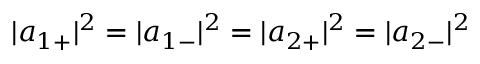
| { a } _ { 1 + } | ^ { 2 } = | { a } _ { 1 - } | ^ { 2 } = | { a } _ { 2 + } | ^ { 2 } = | { a } _ { 2 - } | ^ { 2 }